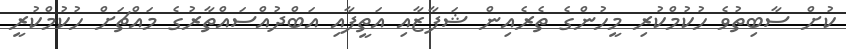
ކުށް ސާބިތުވެ ހުކުމްކުރި މީހުންގެ ތެރެއިން ޝަފާޒާއި އަތީފާއި އަބްދުއްސައްތާރުގެ މައްޗަށް ހުކުމްކުރީ